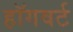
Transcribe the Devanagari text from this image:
हॉगवर्ट